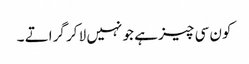
کون سی چیز ہے جو نہیں لا کر گراتے ۔